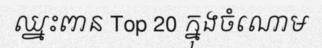
ឈ្នះពាន Top 20 ក្នុងចំណោម